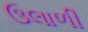
ઉલાળી